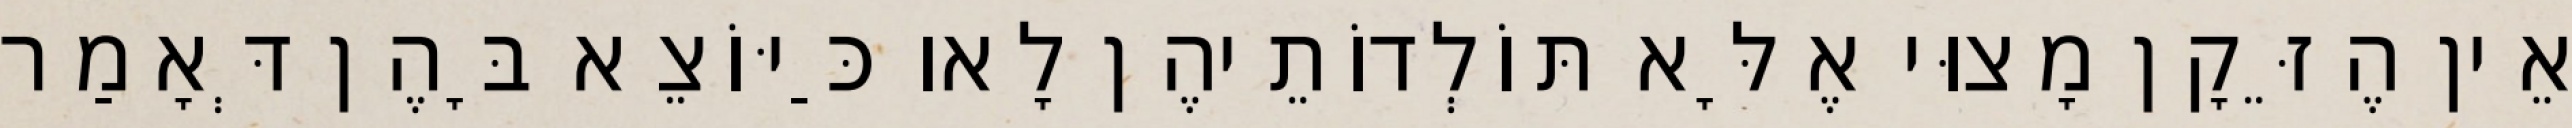
אֵין הֶזֵּקָן מָצוּי אֶלָּא תּוֹלְדוֹתֵיהֶן לָאו כַּיּוֹצֵא בָּהֶן דְּאָמַר